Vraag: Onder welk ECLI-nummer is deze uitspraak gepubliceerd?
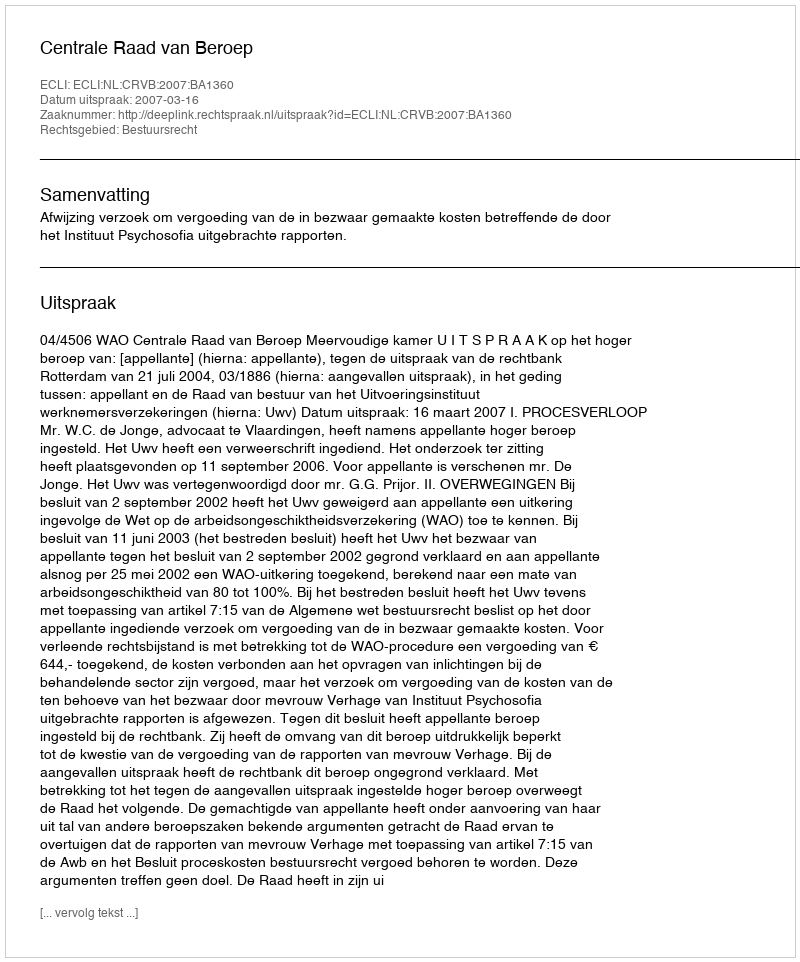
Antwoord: ECLI:NL:CRVB:2007:BA1360